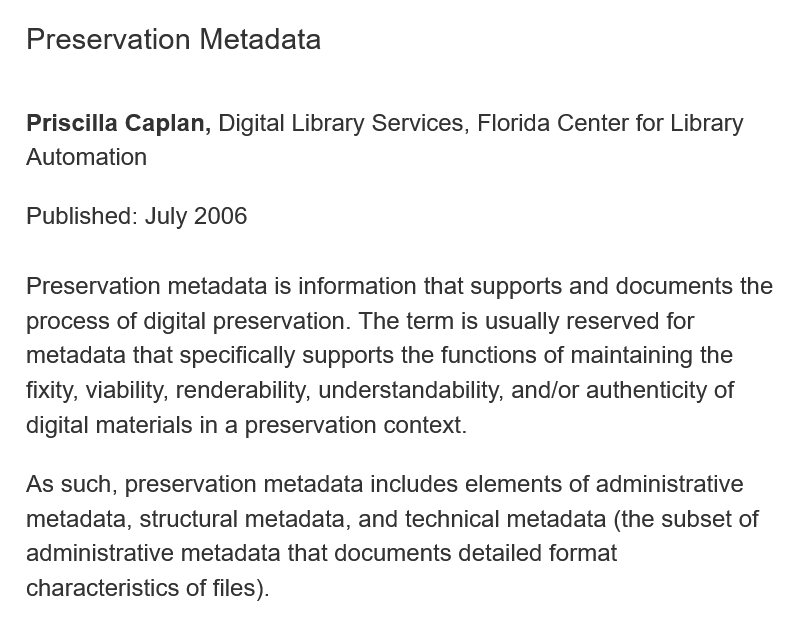
Preservation    Metadata
   Priscilla Caplan,  Digital Library Services, Florida Center for Library
   Automation
   Published:  July 2006
   Preservation  metadata  is information that supports and documents    the
   process of digital preservation. The term is usually reserved for
   metadata  that specifically supports the functions of maintaining the
   fixity, viability, renderability, understandability, and/or authenticity of
   digital materials in a preservation context.
   As such,  preservation metadata   includes elements  of administrative
   metadata,  structural metadata, and  technical metadata  (the subset of
   administrative metadata   that documents detailed  format
   characteristics of files).